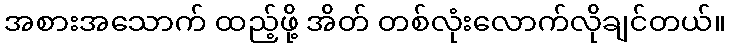
အစားအသောက် ထည့်ဖို့ အိတ် တစ်လုံးလောက်လိုချင်တယ်။